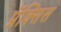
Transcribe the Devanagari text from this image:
प्रॅक्सिस